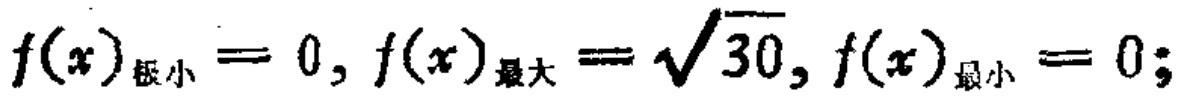
\(f(x)_{极小}=0,f(x)_{最大}=\sqrt{30},f(x)_{最小}=0;\)